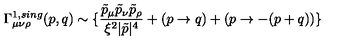
\Gamma _ { \mu \nu \rho } ^ { 1 , s i n g } ( p , q ) \sim \{ \frac { \tilde { p } _ { \mu } \tilde { p } _ { \nu } \tilde { p } _ { \rho } } { \xi ^ { 2 } | \tilde { p } | ^ { 4 } } + ( p \rightarrow q ) + ( p \rightarrow - ( p + q ) ) \}